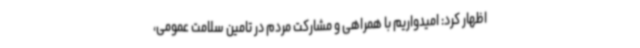
اظهار کرد: امیدواریم با همراهی و مشارکت مردم در تامین سلامت عمومی،